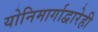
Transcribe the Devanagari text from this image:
योनिमार्गाद्वारेही